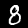
Label: 8